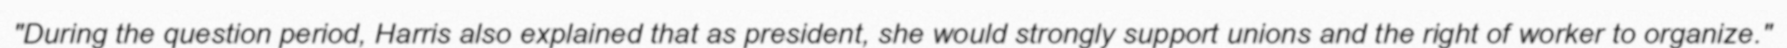
"During the question period, Harris also explained that as president, she would strongly support unions and the right of worker to organize."